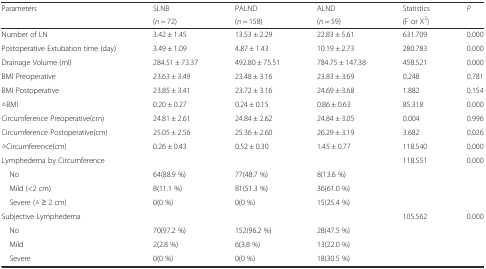
<table><thead><tr><td rowspan="2"><b>Parameters</b></td><td><b>SLNB</b></td><td><b>PALND</b></td><td><b>ALND</b></td><td><b>Statistics</b></td><td rowspan="2"><b><i>P</i></b></td></tr><tr><td><b>(<i>n</i> = 72)</b></td><td><b>(<i>n</i> = 158)</b></td><td><b>(<i>n</i> = 59)</b></td><td><b>(F or X<sup>2</sup>)</b></td></tr></thead><tbody><tr><td>Number of LN</td><td>3.42 ± 1.45</td><td>13.53 ± 2.29</td><td>22.83 ± 5.61</td><td>631.709</td><td>0.000</td></tr><tr><td>Postoperative Extubation time (day)</td><td>3.49 ± 1.09</td><td>4.87 ± 1.43</td><td>10.19 ± 2.73</td><td>280.783</td><td>0.000</td></tr><tr><td>Drainage Volume (ml)</td><td>284.51 ± 73.37</td><td>492.80 ± 75.51</td><td>784.75 ± 147.38</td><td>458.521</td><td>0.000</td></tr><tr><td>BMI Preoperative</td><td>23.63 ± 3.49</td><td>23.48 ± 3.16</td><td>23.83 ± 3.69</td><td>0.248</td><td>0.781</td></tr><tr><td>BMI Postoperative</td><td>23.85 ± 3.41</td><td>23.72 ± 3.16</td><td>24.69 ± 3.68</td><td>1.882</td><td>0.154</td></tr><tr><td>△BMI</td><td>0.20 ± 0.27</td><td>0.24 ± 0.15</td><td>0.86 ± 0.63</td><td>85.318</td><td>0.000</td></tr><tr><td>Circumference Preoperative(cm)</td><td>24.81 ± 2.61</td><td>24.84 ± 2.62</td><td>24.84 ± 3.05</td><td>0.004</td><td>0.996</td></tr><tr><td>Circumference Postoperative(cm)</td><td>25.05 ± 2.56</td><td>25.36 ± 2.60</td><td>26.29 ± 3.19</td><td>3.682</td><td>0.026</td></tr><tr><td>△Circumference(cm)</td><td>0.26 ± 0.43</td><td>0.52 ± 0.30</td><td>1.45 ± 0.77</td><td>118.540</td><td>0.000</td></tr><tr><td>Lymphedema by Circumference</td><td></td><td></td><td></td><td>118.551</td><td>0.000</td></tr><tr><td> No</td><td>64(88.9 %)</td><td>77(48.7 %)</td><td>8(13.6 %)</td><td></td><td></td></tr><tr><td> Mild (&lt;2 cm)</td><td>8(11.1 %)</td><td>81(51.3 %)</td><td>36(61.0 %)</td><td></td><td></td></tr><tr><td> Severe (△ ≥ 2 cm)</td><td>0(0 %)</td><td>0(0 %)</td><td>15(25.4 %)</td><td></td><td></td></tr><tr><td>Subjective Lymphedema</td><td></td><td></td><td></td><td>105.562</td><td>0.000</td></tr><tr><td> No</td><td>70(97.2 %)</td><td>152(96.2 %)</td><td>28(47.5 %)</td><td></td><td></td></tr><tr><td> Mild</td><td>2(2.8 %)</td><td>6(3.8 %)</td><td>13(22.0 %)</td><td></td><td></td></tr><tr><td> Severe</td><td>0(0 %)</td><td>0(0 %)</td><td>18(30.5 %)</td><td></td><td></td></tr></tbody></table>